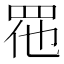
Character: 𱲬